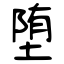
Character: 堕